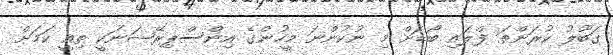
ގަބޫލު ކުރަންތަ ފްލައި ބޯޑަށް މި ނުކުންނަ މީހުންގެ އިންސްޕިރޭޝަނަކީ ތިއީ ކަމަށް